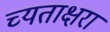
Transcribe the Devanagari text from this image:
च्यताक्षरा